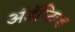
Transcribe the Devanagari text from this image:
अॅडॅप्टिव्ह